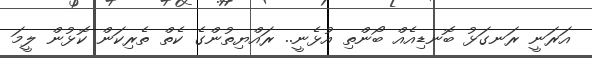
އަރަނީ ރަނގަޅު ބޮނޑިއެއް ބޯންތި އުޅެނީ.. ރައްޔިތުންގެ ކެތް ތެރިކަން ކޮޅުން ލީމަ